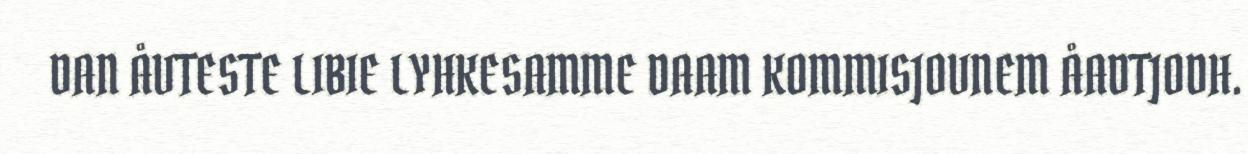
DAN ÅVTESTE LIBIE LYHKESAMME DAAM KOMMISJOVNEM ÅADTJODH.